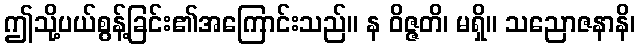
ဤသို့ပယ်စွန့်ခြင်း၏အကြောင်းသည်။ န ဝိဇ္ဇတိ၊ မရှိ။ သညောဇနာနိ၊